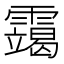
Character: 𫕴